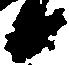
候